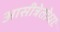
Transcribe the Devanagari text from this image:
आसीत्रेतोधाः